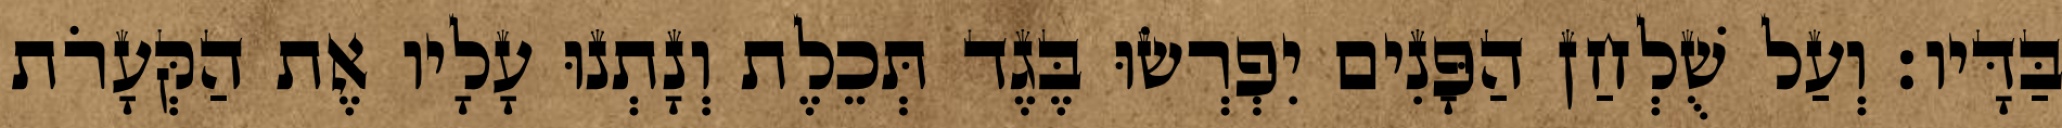
בַּדָּיו׃ וְעַל שֻׁלְחַן הַפָּנִים יִפְרְשׂוּ בֶּגֶד תְּכֵלֶת וְנָתְנוּ עָלָיו אֶת הַקְּעָרֹת